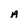
Character: A